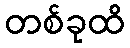
တစ်ခုထိ